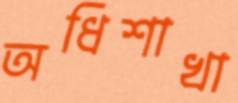
অধিশাখা